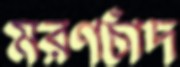
মরণচাঁদ